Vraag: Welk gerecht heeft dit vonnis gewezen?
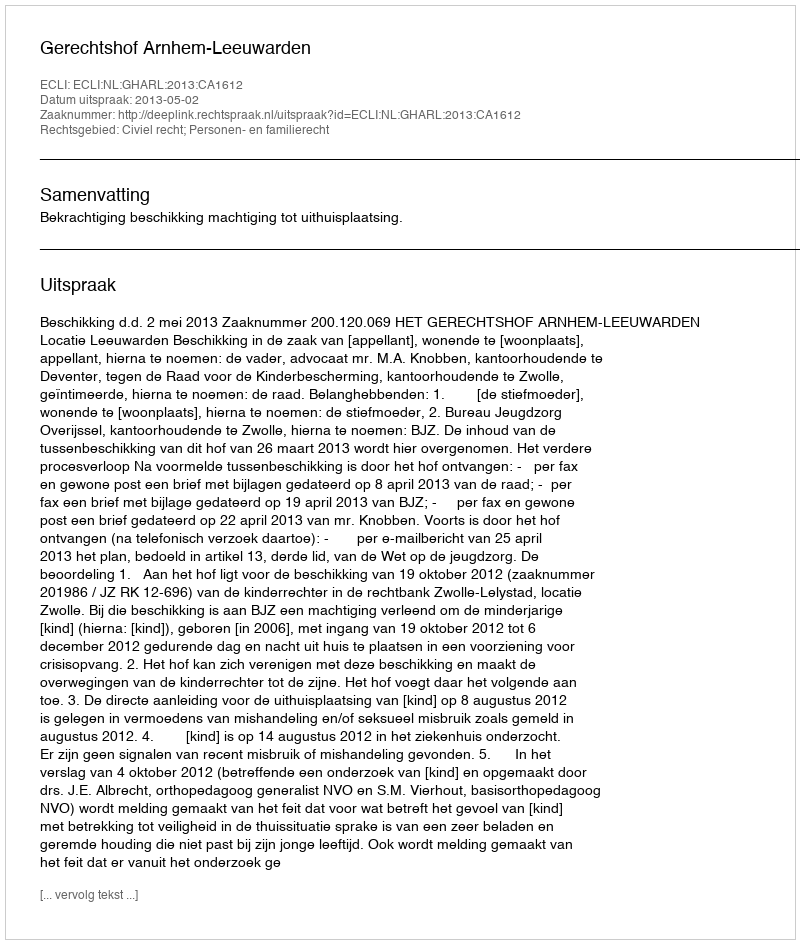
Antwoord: Gerechtshof Arnhem-Leeuwarden